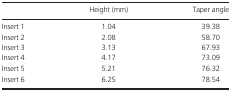
<table><thead><tr><td></td><td><b>Height (mm)</b></td><td><b>Taper angle</b></td></tr></thead><tbody><tr><td>Insert 1</td><td>1.04</td><td>39.38</td></tr><tr><td>Insert 2</td><td>2.08</td><td>58.70</td></tr><tr><td>Insert 3</td><td>3.13</td><td>67.93</td></tr><tr><td>Insert 4</td><td>4.17</td><td>73.09</td></tr><tr><td>Insert 5</td><td>5.21</td><td>76.32</td></tr><tr><td>Insert 6</td><td>6.25</td><td>78.54</td></tr></tbody></table>